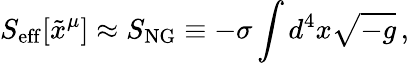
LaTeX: S_{\mathrm{eff}}[\tilde{x}^{\mu}]\approx S_{\mathrm{NG}}\equiv-\sigma\int d^{4}x\sqrt{-g}\, ,